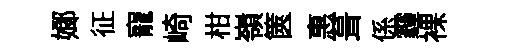
嫏征寵崎柑嶺篋惠葺係霾裸